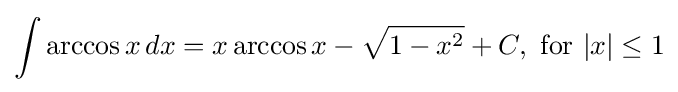
\int \arccos {x}\,dx=x\arccos {x}-{\sqrt {1-x^{2}}}+C,{\text{ for }}\vert x\vert \leq 1